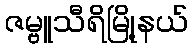
ဇမ္ဗူသီရိမြို့နယ်